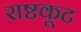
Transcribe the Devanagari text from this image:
राष्टकूट